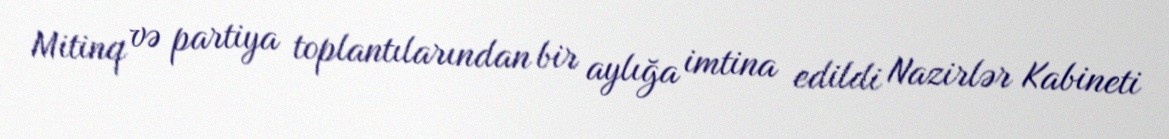
Mitinq və partiya toplantılarından bir aylığa imtina edildi Nazirlər Kabineti